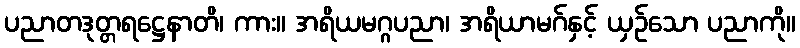
ပညာတဒုတ္တရဋ္ဌေနာတိ၊ ကား။ အရိယမဂ္ဂပညာ၊ အရိယာမဂ်နှင့် ယှဉ်သော ပညာကို။